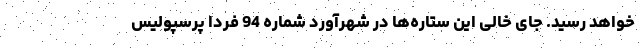
خواهد رسید. جای خالی این ستاره‌ها در شهرآورد شماره 94 فردا پرسپولیس